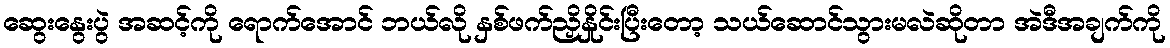
ဆွေးနွေးပွဲ အဆင့်ကို ရောက်အောင် ဘယ်လို နှစ်ဖက်ညှိနှိုင်းပြီးတော့ သယ်ဆောင်သွားမလဲဆိုတာ အဲဒီအချက်ကို